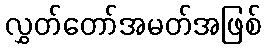
လွှတ်တော်အမတ်အဖြစ်